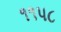
૧૧પ૮